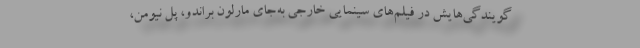
گویندگی‌هایش در فیلم‌های سینمایی خارجی به‌جای مارلون براندو، پل نیومن،